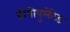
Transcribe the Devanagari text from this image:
प्रीपोपुलेटेड